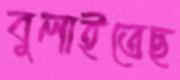
বুলাইতেছ